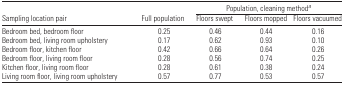
<table><thead><tr><td></td><td></td><td colspan="3"><b>Population, cleaning methoda</b></td></tr><tr><td><b>Sampling location pair</b></td><td><b>Full population</b></td><td><b>Floors swept</b></td><td><b>Floors mopped</b></td><td><b>Floors vacuumed</b></td></tr></thead><tbody><tr><td>Bedroom bed, bedroom floor</td><td>0.25</td><td>0.46</td><td>0.44</td><td>0.16</td></tr><tr><td>Bedroom bed, living room upholstery</td><td>0.17</td><td>0.62</td><td>0.93</td><td>0.10</td></tr><tr><td>Bedroom floor, kitchen floor</td><td>0.42</td><td>0.66</td><td>0.64</td><td>0.26</td></tr><tr><td>Bedroom floor, living room floor</td><td>0.28</td><td>0.56</td><td>0.74</td><td>0.25</td></tr><tr><td>Kitchen floor, living room floor</td><td>0.28</td><td>0.61</td><td>0.38</td><td>0.24</td></tr><tr><td>Living room floor, living room upholstery</td><td>0.57</td><td>0.77</td><td>0.53</td><td>0.57</td></tr></tbody></table>